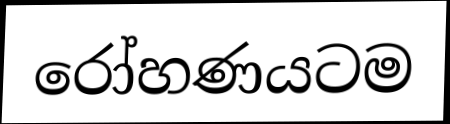
රෝහණයටම